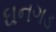
ઘનગડ